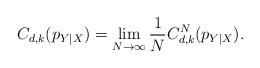
LaTeX: \begin{align*} C_{d,k}(p_{Y|X})=\lim_{N\to\infty}\frac{1}{N}C^N_{d,k}(p_{Y|X}).\end{align*}